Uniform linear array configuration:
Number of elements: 24
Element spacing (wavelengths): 1
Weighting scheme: binomial
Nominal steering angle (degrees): -15
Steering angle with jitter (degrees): -14.029
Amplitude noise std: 0.05
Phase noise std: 0.05

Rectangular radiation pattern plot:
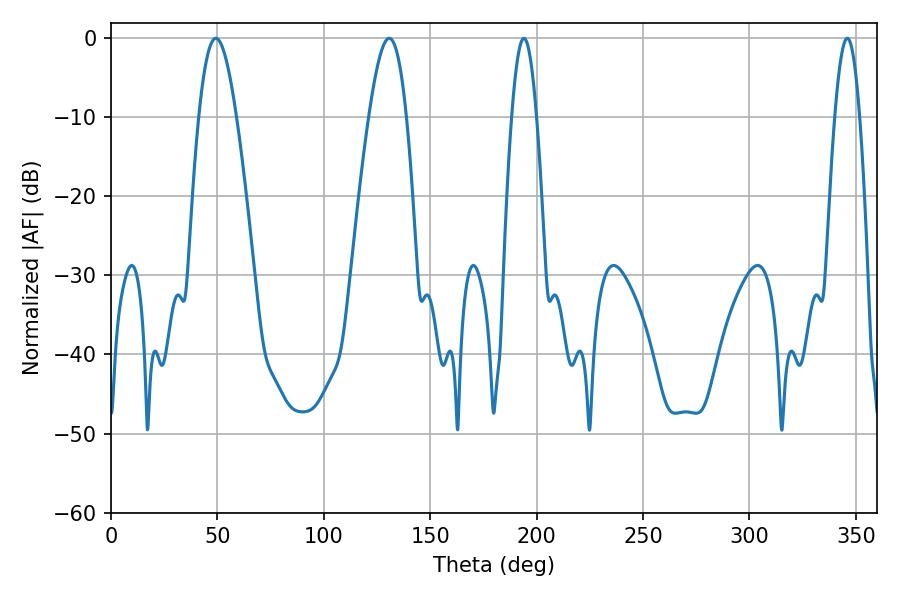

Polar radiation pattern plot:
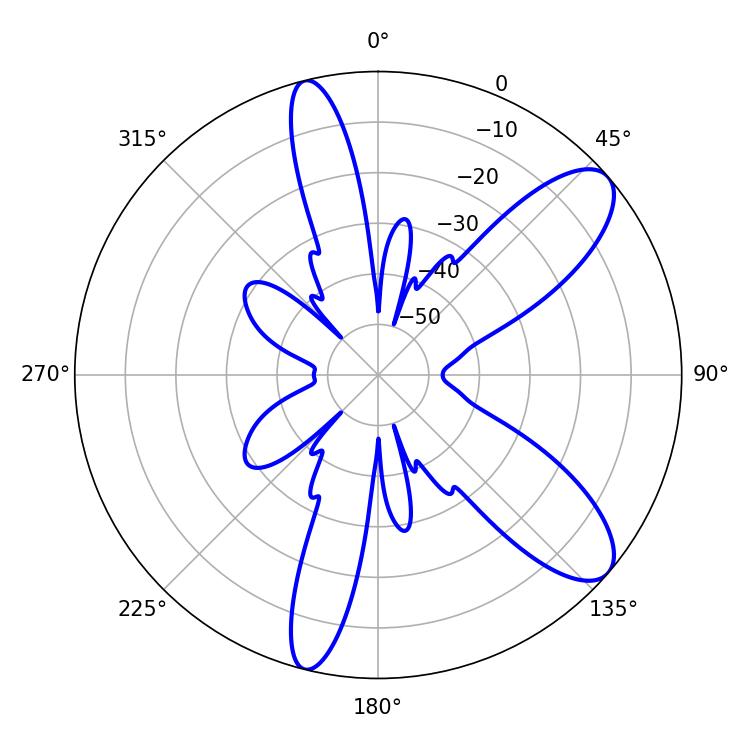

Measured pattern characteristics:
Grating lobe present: TRUE
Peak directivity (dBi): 9.648
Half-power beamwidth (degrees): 6.48
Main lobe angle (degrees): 194.04